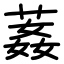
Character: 葌